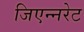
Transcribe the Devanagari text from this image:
जिएन्नरेट